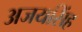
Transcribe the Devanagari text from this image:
अजयसिंह